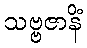
သဗ္ဗဇာနိံ